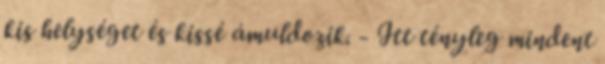
kis helységet és kissé ámuldozik. - Itt tényleg mindent